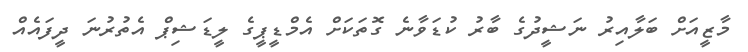
މާޒީއަށް ބަލާއިރު ނަޝީދުގެ ބާރު ކުޑަވާނެ ގޮތަކަށް އެމްޑީޕީގެ ލީޑަޝިޕް އެތުރުނަ ދީފައެއް